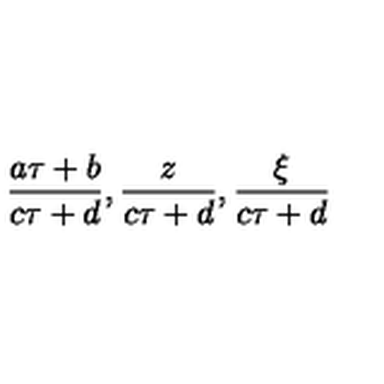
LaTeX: \frac { a \tau + b } { c \tau + d } , \frac { z } { c \tau + d } , \frac { \xi } { c \tau + d }